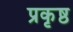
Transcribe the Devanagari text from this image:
प्रकृष्ठ